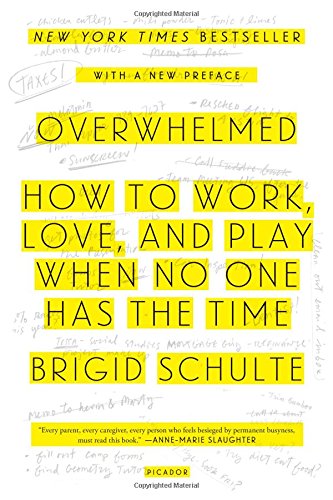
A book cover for Overwhelmed: How to Work, Love, and Play When No One Has the Time; Brigid Schulte; Business & Money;